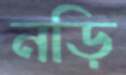
নড়ি